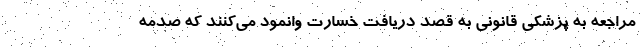
مراجعه به پزشکی قانونی به قصد دریافت خسارت وانمود می‌کنند که صدمه